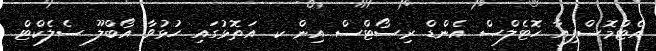
އެޓްމޮސްފިއާ ހޮޓެލްސް އެންޑް ރިސޯޓްސް އިން ކ. އަތޮޅުގައި ހުޅުވާ އޯބްލޫ ސެލެކްޓް